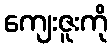
ကျေးဇူးကို